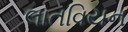
લાતવિયન